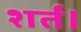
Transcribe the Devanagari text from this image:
शर्त।